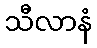
သီလာနံ